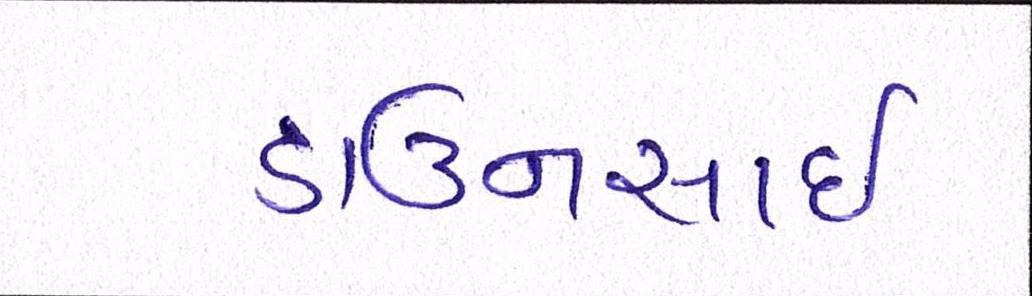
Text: ડાઉનસાઇ